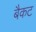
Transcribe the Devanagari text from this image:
बैकट